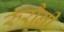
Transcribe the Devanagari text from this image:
रुरौनी